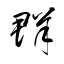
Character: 群